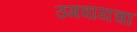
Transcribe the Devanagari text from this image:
उगवायचा